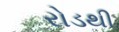
રોડથી